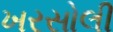
ખરસોલી